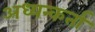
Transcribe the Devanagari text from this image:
अध्यन्कर्ता